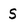
Character: S